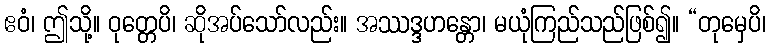
ဧဝံ၊ ဤသို့။ ဝုတ္တေပိ၊ ဆိုအပ်သော်လည်း။ အဿဒ္ဒဟန္တော၊ မယုံကြည်သည်ဖြစ်၍။ “တုမှေပိ၊